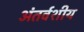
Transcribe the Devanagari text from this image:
अंतर्वशीय